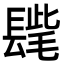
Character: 𨲝